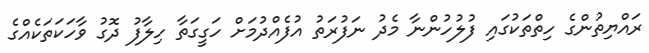
ރައްޔިތުންގެ ހިތްތަކުގައި ފުލުހުންނާ މެދު ނަފުރަތު އުފެއްދުމަށް ހަގީގަތާ ހިލާފު ދޮގު ވާހަކަތަކެއްގެ